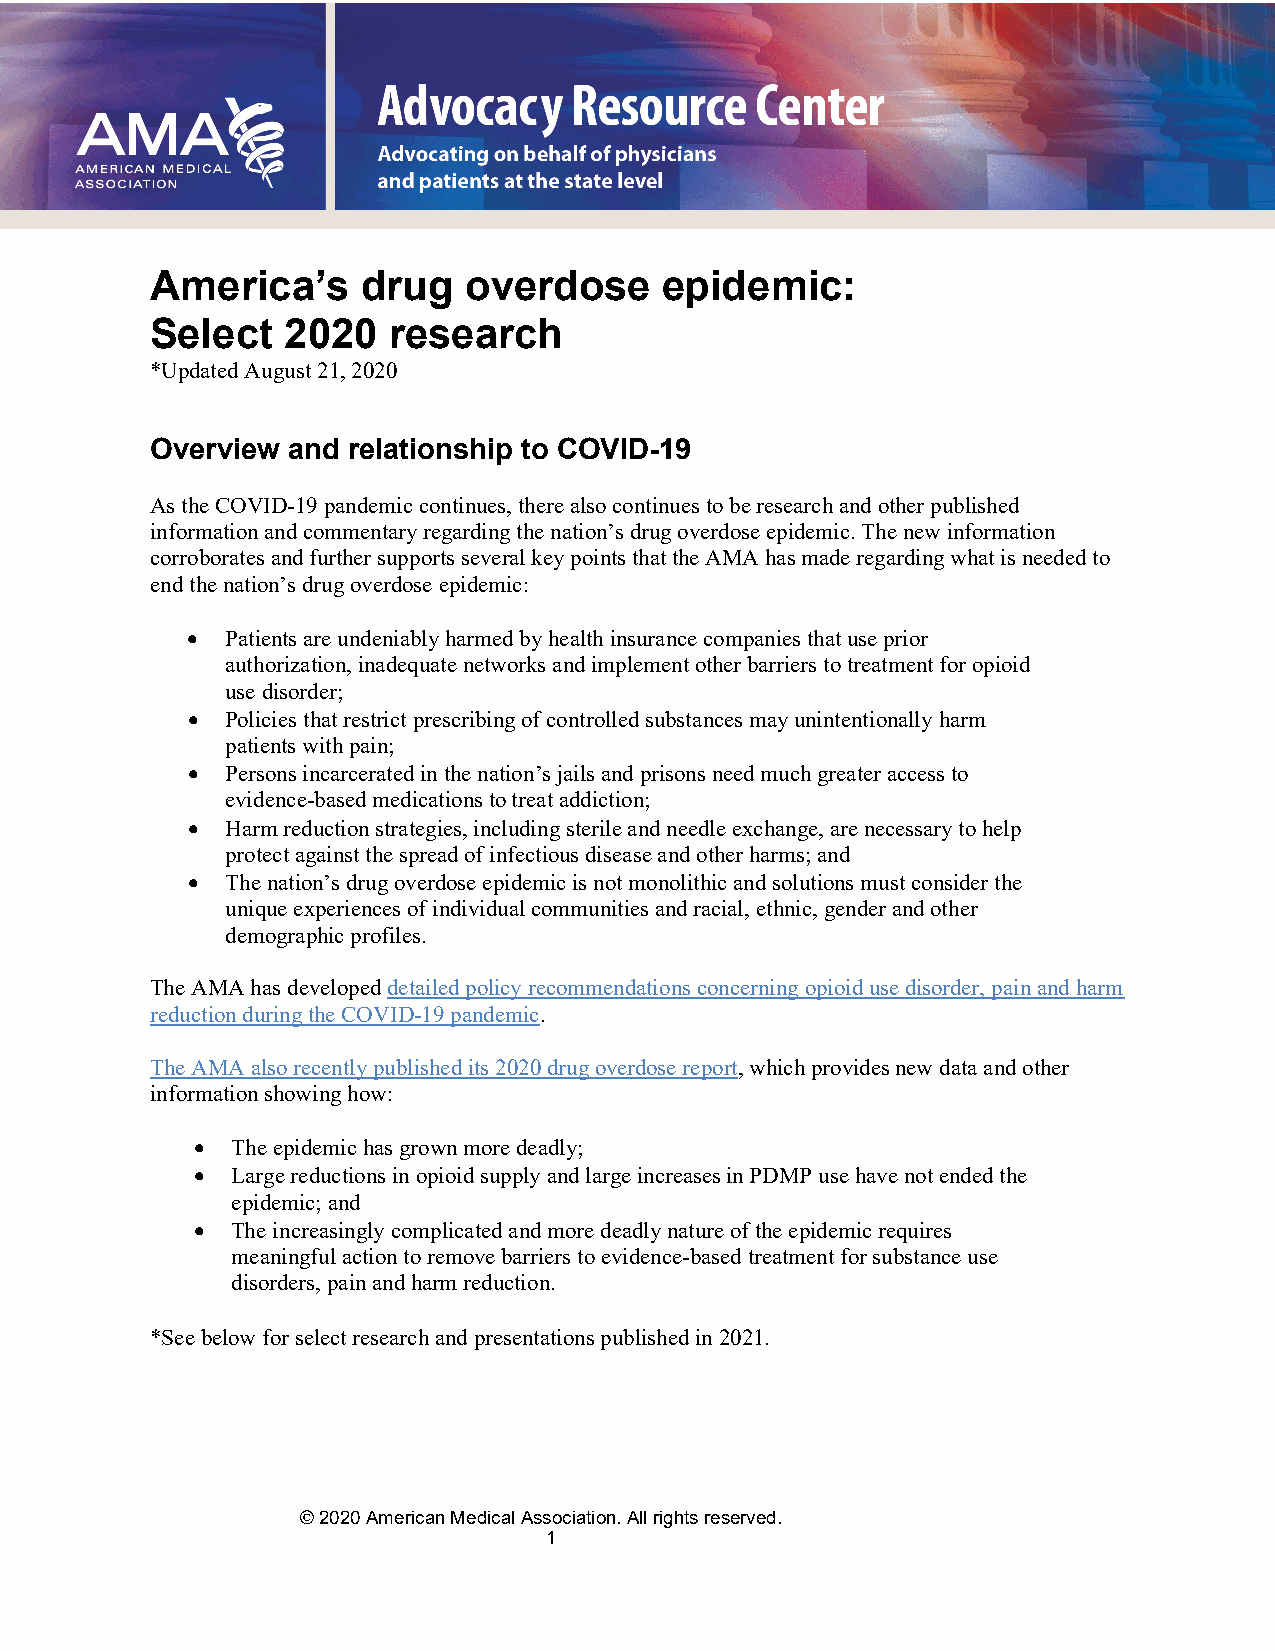
America’s     drug   overdose     epidemic:
 Select   2020   research
 *Updated August 21, 2020
 Overview and relationship to COVID-19
 As the COVID-19 pandemic continues, there also continues to be research and other published
 information and commentary regarding the nation’s drug overdose epidemic. The new information
 corroborates and further supports several key points that the AMA has made regarding what is needed to
 end the nation’s drug overdose epidemic:
 •  Patients are undeniably harmed by health insurance companies that use prior
 authorization, inadequate networks and implement other barriers to treatment for opioid
 use disorder;
 •  Policies that restrict prescribing of controlled substances may unintentionally harm
 patients with pain;
 •  Persons incarcerated in the nation’s jails and prisons need much greater access to
 evidence-based medications to treat addiction;
 •  Harm reduction strategies, including sterile and needle exchange, are necessary to help
 protect against the spread of infectious disease and other harms; and
 •  The nation’s drug overdose epidemic is not monolithic and solutions must consider the
 unique experiences of individual communities and racial, ethnic, gender and other
 demographic profiles.
 The AMA has developed detailed policy recommendations concerning opioid use disorder, pain and harm
 reduction during the COVID-19 pandemic.
 The AMA also recently published its 2020 drug overdose report, which provides new data and other
 information showing how:
 • The epidemic has grown more deadly;
 • Large reductions in opioid supply and large increases in PDMP use have not ended the
 epidemic; and
 • The increasingly complicated and more deadly nature of the epidemic requires
 meaningful action to remove barriers to evidence-based treatment for substance use
 disorders, pain and harm reduction.
 *See below for select research and presentations published in 2021.
 © 2020 American Medical Association. All rights reserved.
 1